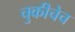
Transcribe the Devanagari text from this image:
चुकीचेच